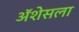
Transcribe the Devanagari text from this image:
ॲशेसला